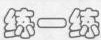
练一练